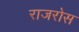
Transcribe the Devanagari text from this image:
राजरोस